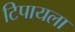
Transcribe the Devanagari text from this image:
टिपायला